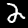
Digit: 2